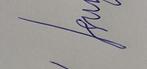
Signature authenticity: forged